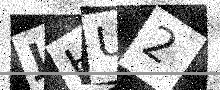
Text: JHU2